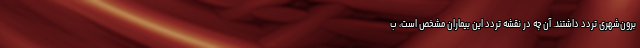
برون‌شهری تردد داشتند. آن چه در نقشه تردد این بیماران مشخص است، ب